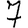
Digit: 7